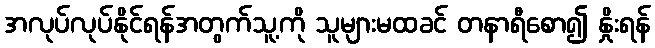
အလုပ်လုပ်နိုင်ရန်အတွက်သူ့ကို သူများမထခင် တနာရီစော၍ နှိုးရန်